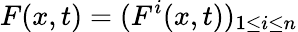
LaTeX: F(x,t)=(F^{i}(x,t))_{1\leq i\leq n}